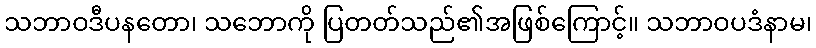
သဘာဝဒီပနတော၊ သဘောကို ပြတတ်သည်၏အဖြစ်ကြောင့်။ သဘာဝပဒံနာမ၊